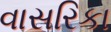
વાસરિકા